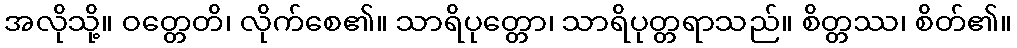
အလိုသို့။ ဝတ္တေတိ၊ လိုက်စေ၏။ သာရိပုတ္တော၊ သာရိပုတ္တရာသည်။ စိတ္တဿ၊ စိတ်၏။